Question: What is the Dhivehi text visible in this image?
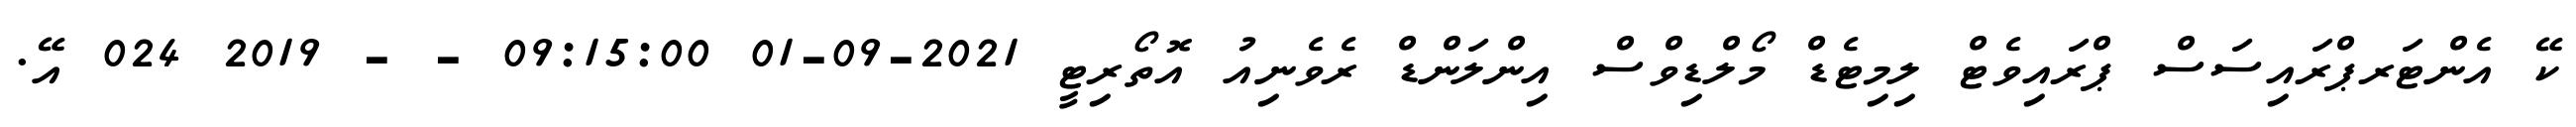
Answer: ކޭ އެންޓަރޕްރައިސަސް ޕްރައިވެޓް ލިމިޓެޑް މޯލްޑިވްސް އިންލަންޑް ރެވެނިއު އޮތޯރިޓީ 2021-09-01 09:15:00 - - 2019 024 އޭ.